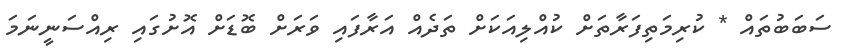
ސަބަބުތައް * ކުރިމަތިފަރާތަށް ކުއްލިއަކަށް ތަދެއް އަރާފައި ވަރަށް ބޮޑަށް އޮށުގައި ރިއްސަނީނަމަ